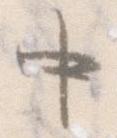
中